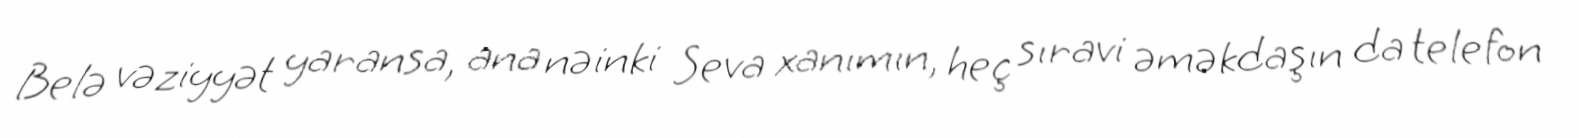
Belə vəziyyət yaransa, ana nəinki Seva xanımın, heç sıravi əməkdaşın da telefon